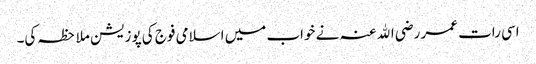
اسی رات عمر رضی اﷲ عنہ نے خواب میں اسلامی فوج کی پوزیشن ملاحظہ کی۔